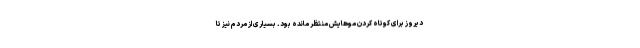
دیروز برای کوتاه کردن موهایش منتظر مانده بود. بسیاری از مردم نیز تا